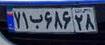
۷۱ب۶۸۶۲۸